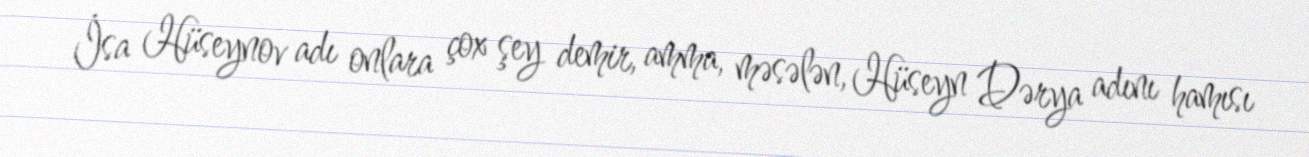
İsa Hüseynov adı onlara çox şey demir, amma, məsələn, Hüseyn Dərya adını hamısı